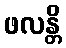
ဖလန္တိ